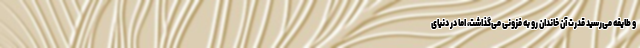
و طایفه می‌رسید قدرت آن خاندان رو به فزونی می‌گذاشت، اما در دنیای